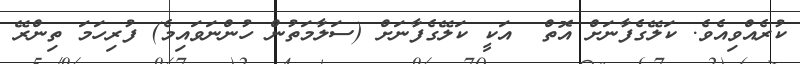
ކުރެއްވިއެވެ. ކަލޭގެފާނަށް އޮތް  އަކީ ކަލޭގެފާނަށް (ސަލާމަތުން ހުންނަވައިމެ) ފުރިހަމަ ތިންރޭ